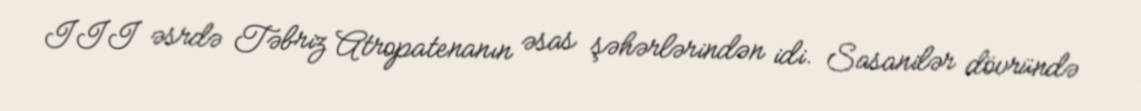
III əsrdə Təbriz Atropatenanın əsas şəhərlərindən idi. Sasanilər dövründə